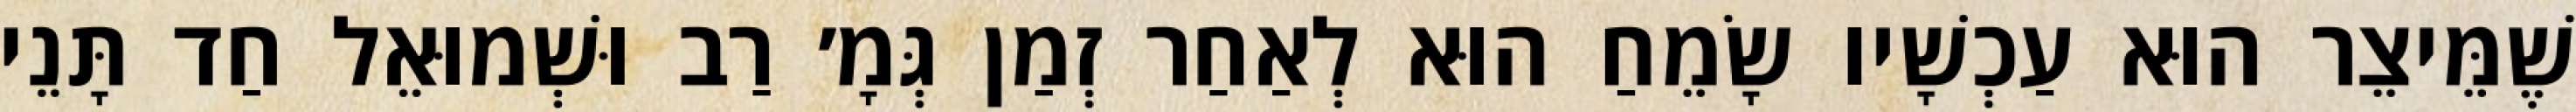
שֶׁמֵּיצֵר הוּא עַכְשָׁיו שָׂמֵחַ הוּא לְאַחַר זְמַן גְּמָ׳ רַב וּשְׁמוּאֵל חַד תָּנֵי